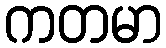
ကတမာ